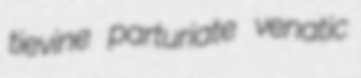
tievine parturiate venatic